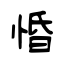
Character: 惛